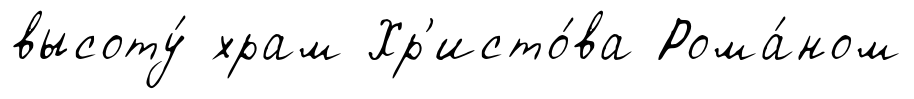
высоту́ храм Хр'исто́ва Рома́ном